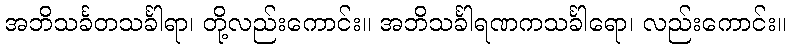
အဘိသင်္ခတသင်္ခါရာ၊ တို့လည်းကောင်း။ အဘိသင်္ခါရဏကသင်္ခါရော၊ လည်းကောင်း။